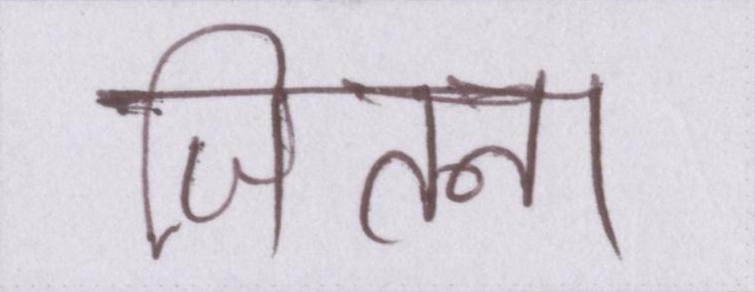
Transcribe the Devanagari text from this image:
जितना